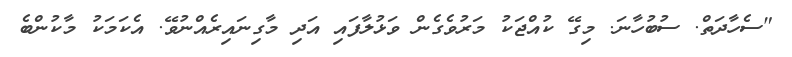
"ސެހާދަތް. ސުބުހާނަ. މިގޭ ކުއްޖަކު މަރުވެގެން ވަޅުލާފައި އަދި މާގިނައިރެއްނުވޭ. އެކަމަކު މާކުންބެ